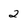
Character: 2